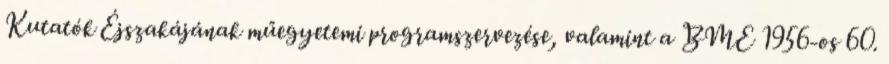
Kutatók Éjszakájának műegyetemi programszervezése, valamint a BME 1956-os 60.